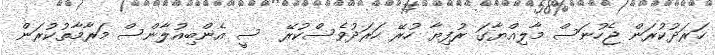
ހަރަދުކުރަން ޖެހުނަސް މާލިއްޔާގަ ރުފިޔާ ހުރޭ ހަރަދުވެސްކުރޭ  ސީ އެންބިއުލާންސް މަރާމާތުކުރަން